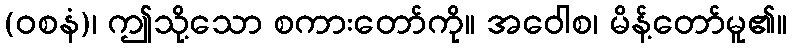
(ဝစနံ)၊ ဤသို့သော စကားတော်ကို။ အဝေါစ၊ မိန့်တော်မူ၏။